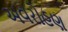
અવરોહણ